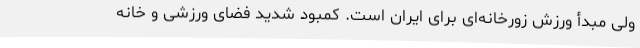
ولی مبدأ ورزش زورخانه‌ای برای ایران است. کمبود شدید فضای ورزشی و خانه